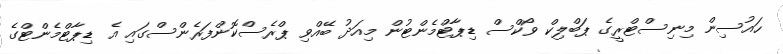
ހައުސިން މިނިސްޓްރީގެ ޕަބްލިކް ވޯކްސް ޑިޕާޓްމެންޓުން މިއަދު ބޭއްވި ޕްރެސްކޮންފަރެންސްގައި އެ ޑިޕާޓްމެންޓްގެ